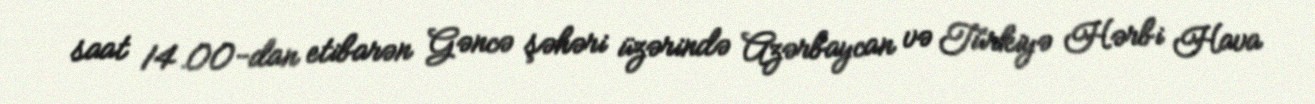
saat 14.00-dan etibarən Gəncə şəhəri üzərində Azərbaycan və Türkiyə Hərbi Hava